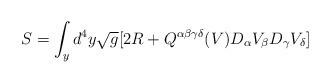
LaTeX: \begin{align*}S=\int_y d^4y\sqrt{g}[2R+Q^{\alpha\beta\gamma\delta}(V)D_{\alpha}V_{\beta}D_{\gamma}V_{\delta}]\end{align*}